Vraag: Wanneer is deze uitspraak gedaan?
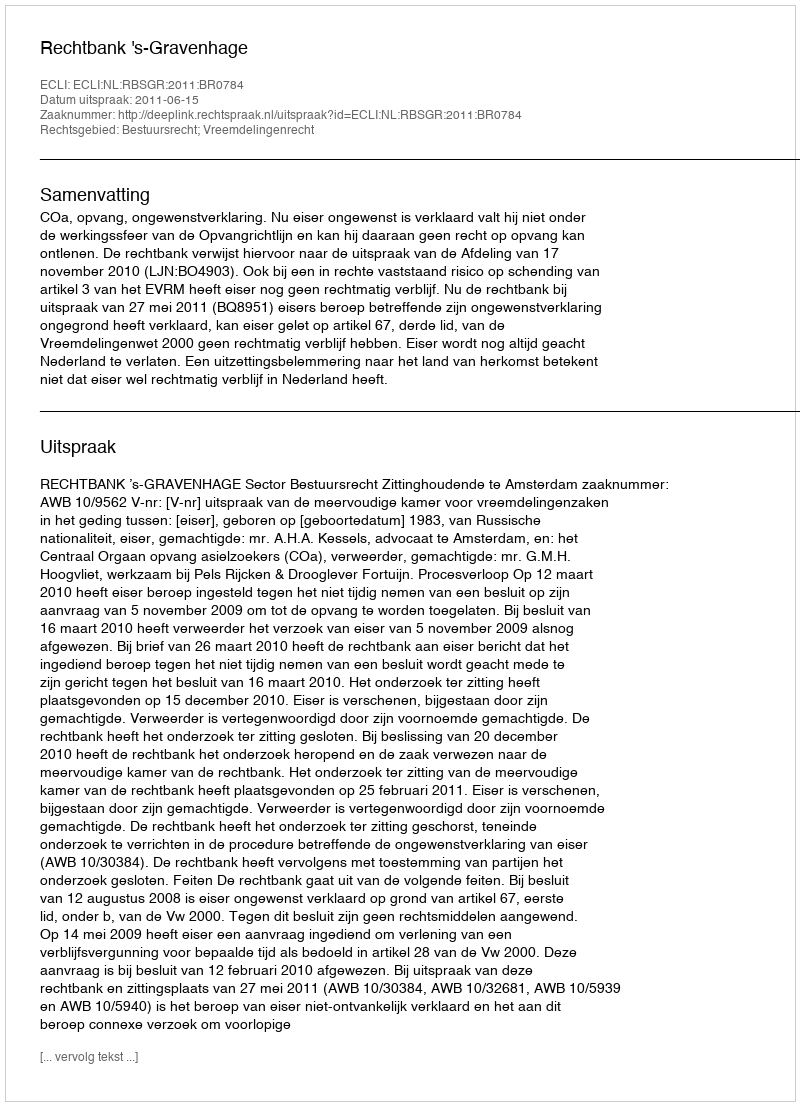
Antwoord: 2011-06-15